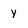
Character: y